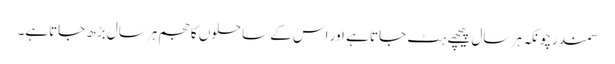
سمندرچونکہ ہر سال پیچھے ہٹ جاتا ہے اور اس کے ساحلوں کا حجم ہرسال بڑھ جاتاہے۔